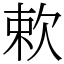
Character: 欶